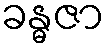
ခန္ဓဇာ